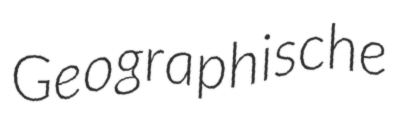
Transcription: Geographische